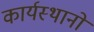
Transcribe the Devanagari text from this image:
कार्यस्थानों